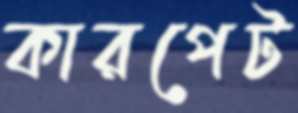
কারপেট